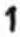
1